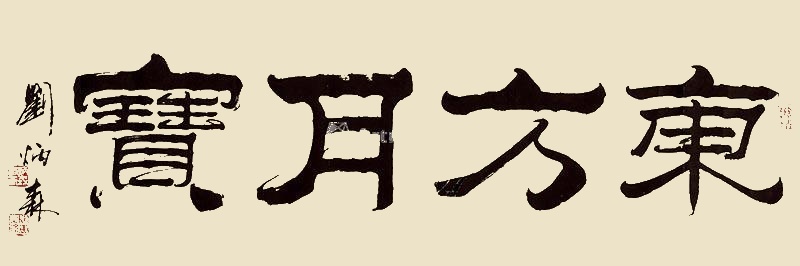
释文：东方月宝刘炳森